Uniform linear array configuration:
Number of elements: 8
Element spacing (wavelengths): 1
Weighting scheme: hamming
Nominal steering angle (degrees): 45
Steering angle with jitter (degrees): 45.342
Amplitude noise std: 0.05
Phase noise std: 0.05

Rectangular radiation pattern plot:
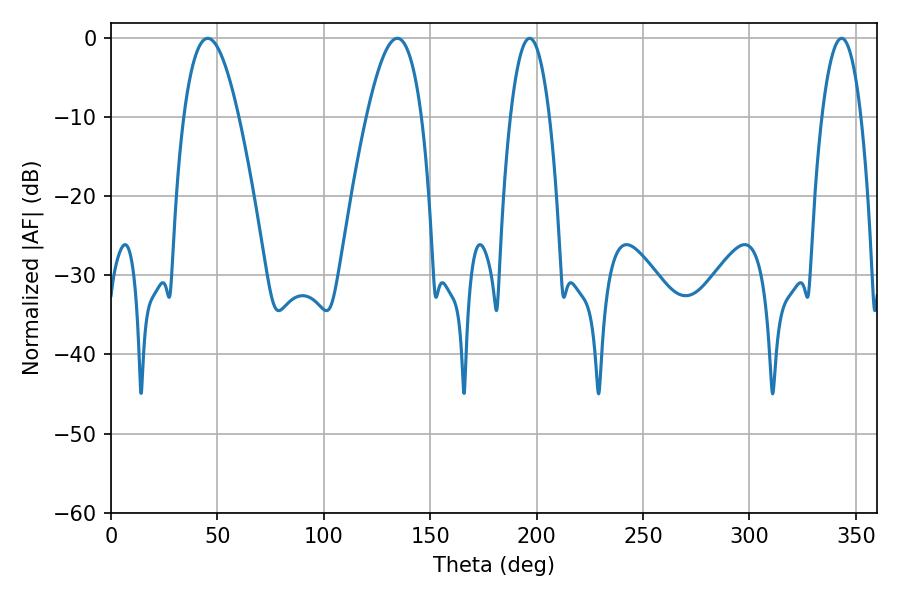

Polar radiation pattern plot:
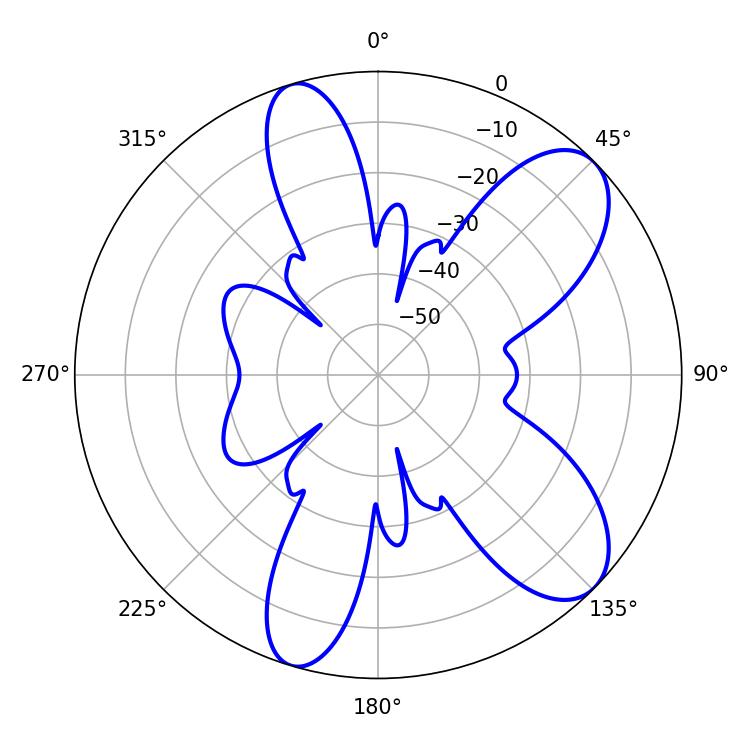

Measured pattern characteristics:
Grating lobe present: TRUE
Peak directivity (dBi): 8.665
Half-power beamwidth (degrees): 10.08
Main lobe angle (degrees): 196.74